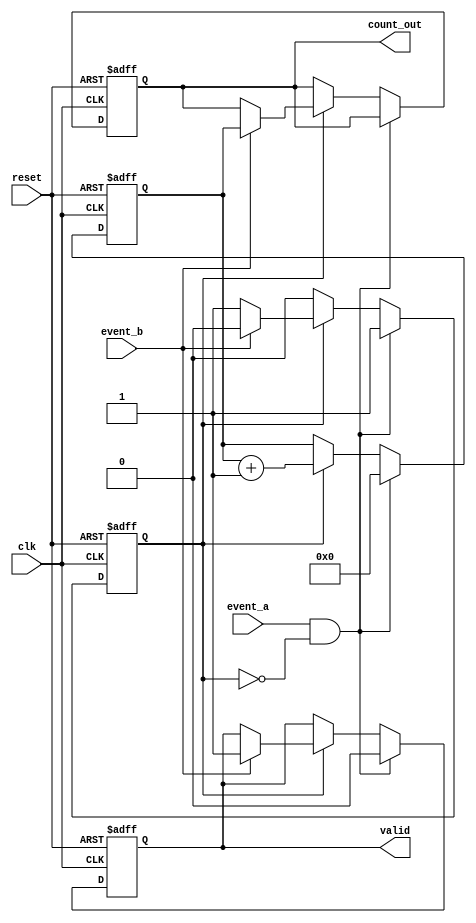
module TDC (
    input wire clk,              // High-frequency clock input
    input wire reset,            // Asynchronous reset
    input wire event_a,          // Event A input
    input wire event_b,          // Event B input
    output reg [31:0] count_out, // Output count value
    output reg valid             // Output valid signal
);

    reg [31:0] counter;          // Counter to measure time interval
    reg counting;                // Flag to indicate counting state

    // State machine for TDC operation
    always @(posedge clk or posedge reset) begin
        if (reset) begin
            counter <= 32'b0;    // Reset counter
            count_out <= 32'b0;  // Reset output count
            valid <= 1'b0;       // Reset valid signal
            counting <= 1'b0;    // Reset counting state
        end else begin
            if (event_a && !counting) begin
                // Start counting on Event A
                counting <= 1'b1;
                counter <= 32'b0; // Reset counter to zero
                valid <= 1'b0;    // Reset valid signal
            end else if (counting) begin
                counter <= counter + 1; // Increment counter
                if (event_b) begin
                    // Stop counting on Event B
                    counting <= 1'b0;
                    count_out <= counter; // Store count value
                    valid <= 1'b1;        // Set valid signal
                end
            end
        end
    end

endmodule